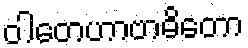
ဝါတေဟာဗာဓိတော